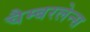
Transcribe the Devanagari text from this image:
चैम्बरलेन्स